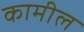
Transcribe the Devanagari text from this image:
कामील